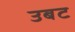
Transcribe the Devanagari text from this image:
उबट